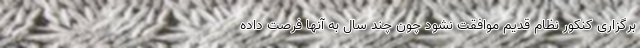
برگزاری کنکور نظام قدیم موافقت نشود چون چند سال به آنها فرصت داده